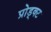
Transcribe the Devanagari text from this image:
प्रोड्क्ट